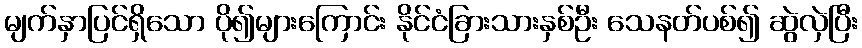
မျက်နှာပြင်ရှိသော ပို၍များကြောင်း နိုင်ငံခြားသားနှစ်ဦး သေနတ်ပစ်၍ ဆွဲလှဲပြီး